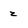
Character: z